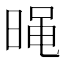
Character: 𣈣